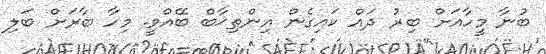
ބުނާ މީހާއަށް ބިރު ދައް ކައިގެން އިންތިޚާބް ބޭއްވީ. މިހާ ބާރަށް ބަލި